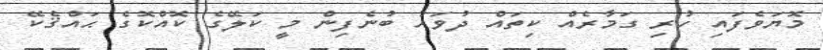
މޮޔަވެފައި ހުރި ގަމާރެއް ކިތައް ދުވަހު ބުނެފިން މީ ކަލޭގެ ކޮއްކޮގެ ޙައްޤެކޭ